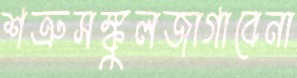
শত্রুসঙ্কুলজাগাবেনা